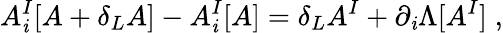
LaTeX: A_{\mathit{i}}^{I}[A+\delta_{L}A]-A_{\mathit{i}}^{I}[A]=\delta_{L}A^{I}+\partial_{\mathit{i}}\Lambda[A^{I}]\; ,